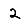
Digit: 2